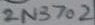
Text: 2N3702